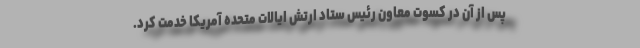
پس از آن در کسوت معاون رئیس ستاد ارتش ایالات متحده آمریکا خدمت کرد.